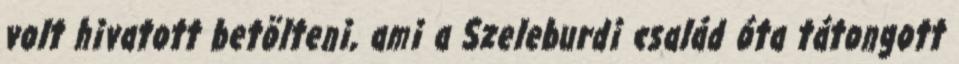
volt hivatott betölteni, ami a Szeleburdi család óta tátongott